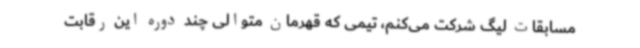
مسابقات لیگ شرکت می‌کنم، تیمی که قهرمان متوالی چند دوره این رقابت